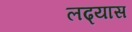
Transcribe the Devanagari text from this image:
लढ्यास